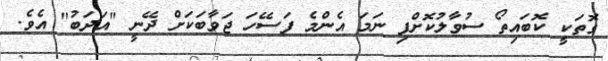
ގޮތަކީ ކޮބައިތޯ ސުވާލުކޮށްފި ނަމަ އެންމެ ފަސޭހަ ޖަވާބަކަށް ދޭނީ "އަދަބު" އެވެ.